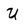
Character: U